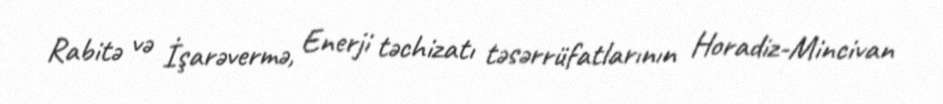
Rabitə və İşarəvermə, Enerji təchizatı təsərrüfatlarının Horadiz-Mincivan